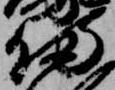
備